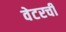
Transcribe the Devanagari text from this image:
वेटरची